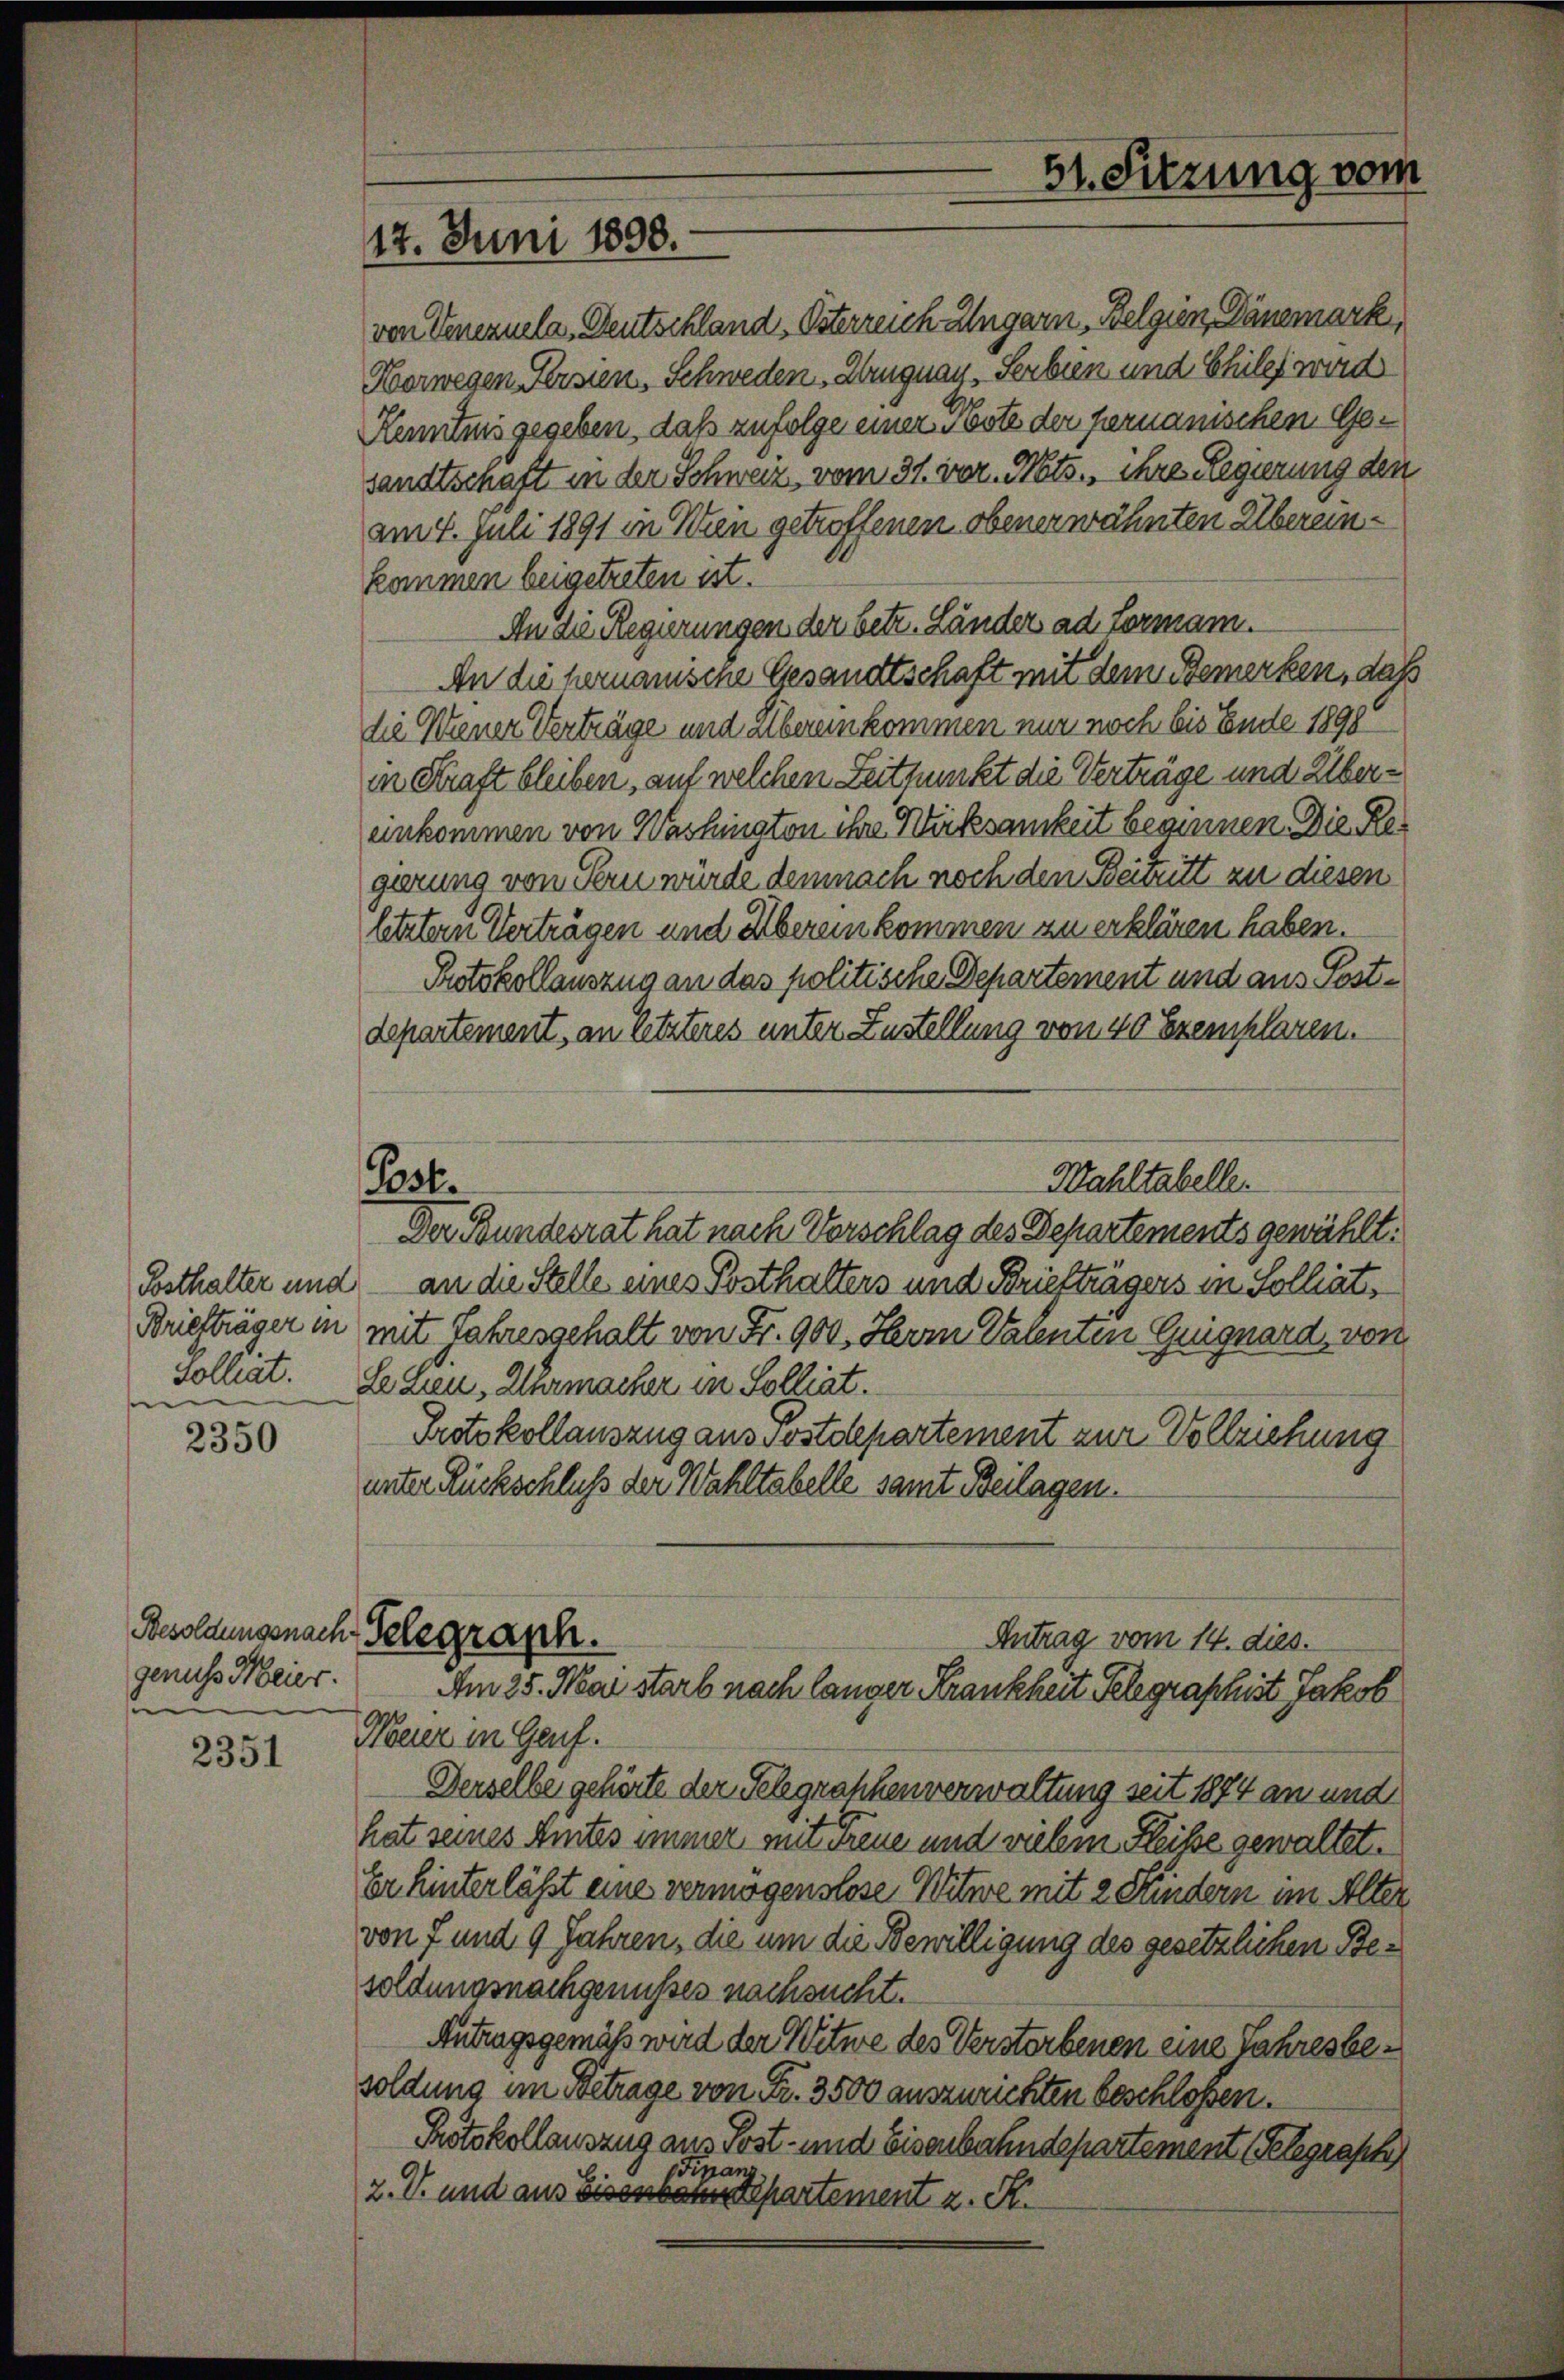
Briefträger in
solliat.

2350

genuss Meier.
e

2351

von Venezuela, Deutschland, Österreich Ungarn, Belgien, Dänemark,
Korwegen Persien, Schweden Abruguay, Serbien und Schilet wird
Kenntnis gegeben, daß zufolge einer Sorte der permanischen Gesandtschaft in der Schweiz, vom 31. vor. Mts., ihre Regierung den
am 4. Juli 1891 in Wien getroffenen obenerwähnten Übereinkommen beigetreten ist.
An die Regierungen der betr. Länder ad Formann.
An die hernauische Gesandtschaft mit dem Bemerken, daß
die Wiener Verträge und albereinkommen nur noch bis Ende 1890
in Kraft bleiben, auf welchen Zeitpunkt die Verträge und Übereinkommen von Washington ihre Würksamkeit beginnen. Die Regierung von Stern würde demnach noch den Beitritt zu diesen
letztern Verträgen und Übereinkommen zu erklären haben.
Protokollauszug an das politische Departement und aus Postdepartement, an letzteres unter Zustellung von 40 Exemplaren.
Der Bundesrat hat nach Vorschlag des Departements gewählt.
Posthalter und an die Stelle eines Posthalters und Briefträgers in Solliatmit Jahresgehalt von Fr. 900. Herrn Valenten Guignard, von
Lehen, Uhrmacher in Solliat.
Protokollauszug aus Postdepartement zur Vollziehung
unter Rückschluß der Wahltabelle samt Beilagen.
Besoldungsnach Gelegrasch.
Antrag vom 14. dies.
Am 25. Mai starb nach langer Krankheit Telegraphist Jakob
Meier in Genf.
Derselbe gehörte der Telegraphenverwaltung seit 1874 an und
hat seines Amtes immer mit Treue und vielem Heise gewaltet.
Er hinterlässt eine vermögenslose Witwe mit 2 Kindern im Alter
von 7 und 9 Jahren, die um die Bewilligung des gesetzlichen Besoldungsnachgenusses nachsucht.
Antragsgemäß wird der Witwe des Verstorbenen eine Jahresbesoldung im Betrage von Fr. 3500 auszurichten beschloßen.
Protokollauszug aus Post- und Eisenbahndepartement (Telegraph
Finanz
2. V. und aus Eisenbaudepartement z. K.

17. Juni 1890.

Pest.

31. Sitzung vom

Wahltabelle.